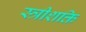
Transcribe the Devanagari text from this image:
स्त्रीशक्ति